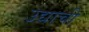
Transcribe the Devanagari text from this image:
उद्याची